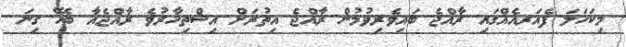
މިކަހަލަ ފެއަރއެއްގައި ރާއްޖެ ބައިވެރިވުމުން ރާއްޖެ އިތުރަށް އިޝްތިހާރުވެ ރާއްޖެއާ ބެހޭ ގިނަ